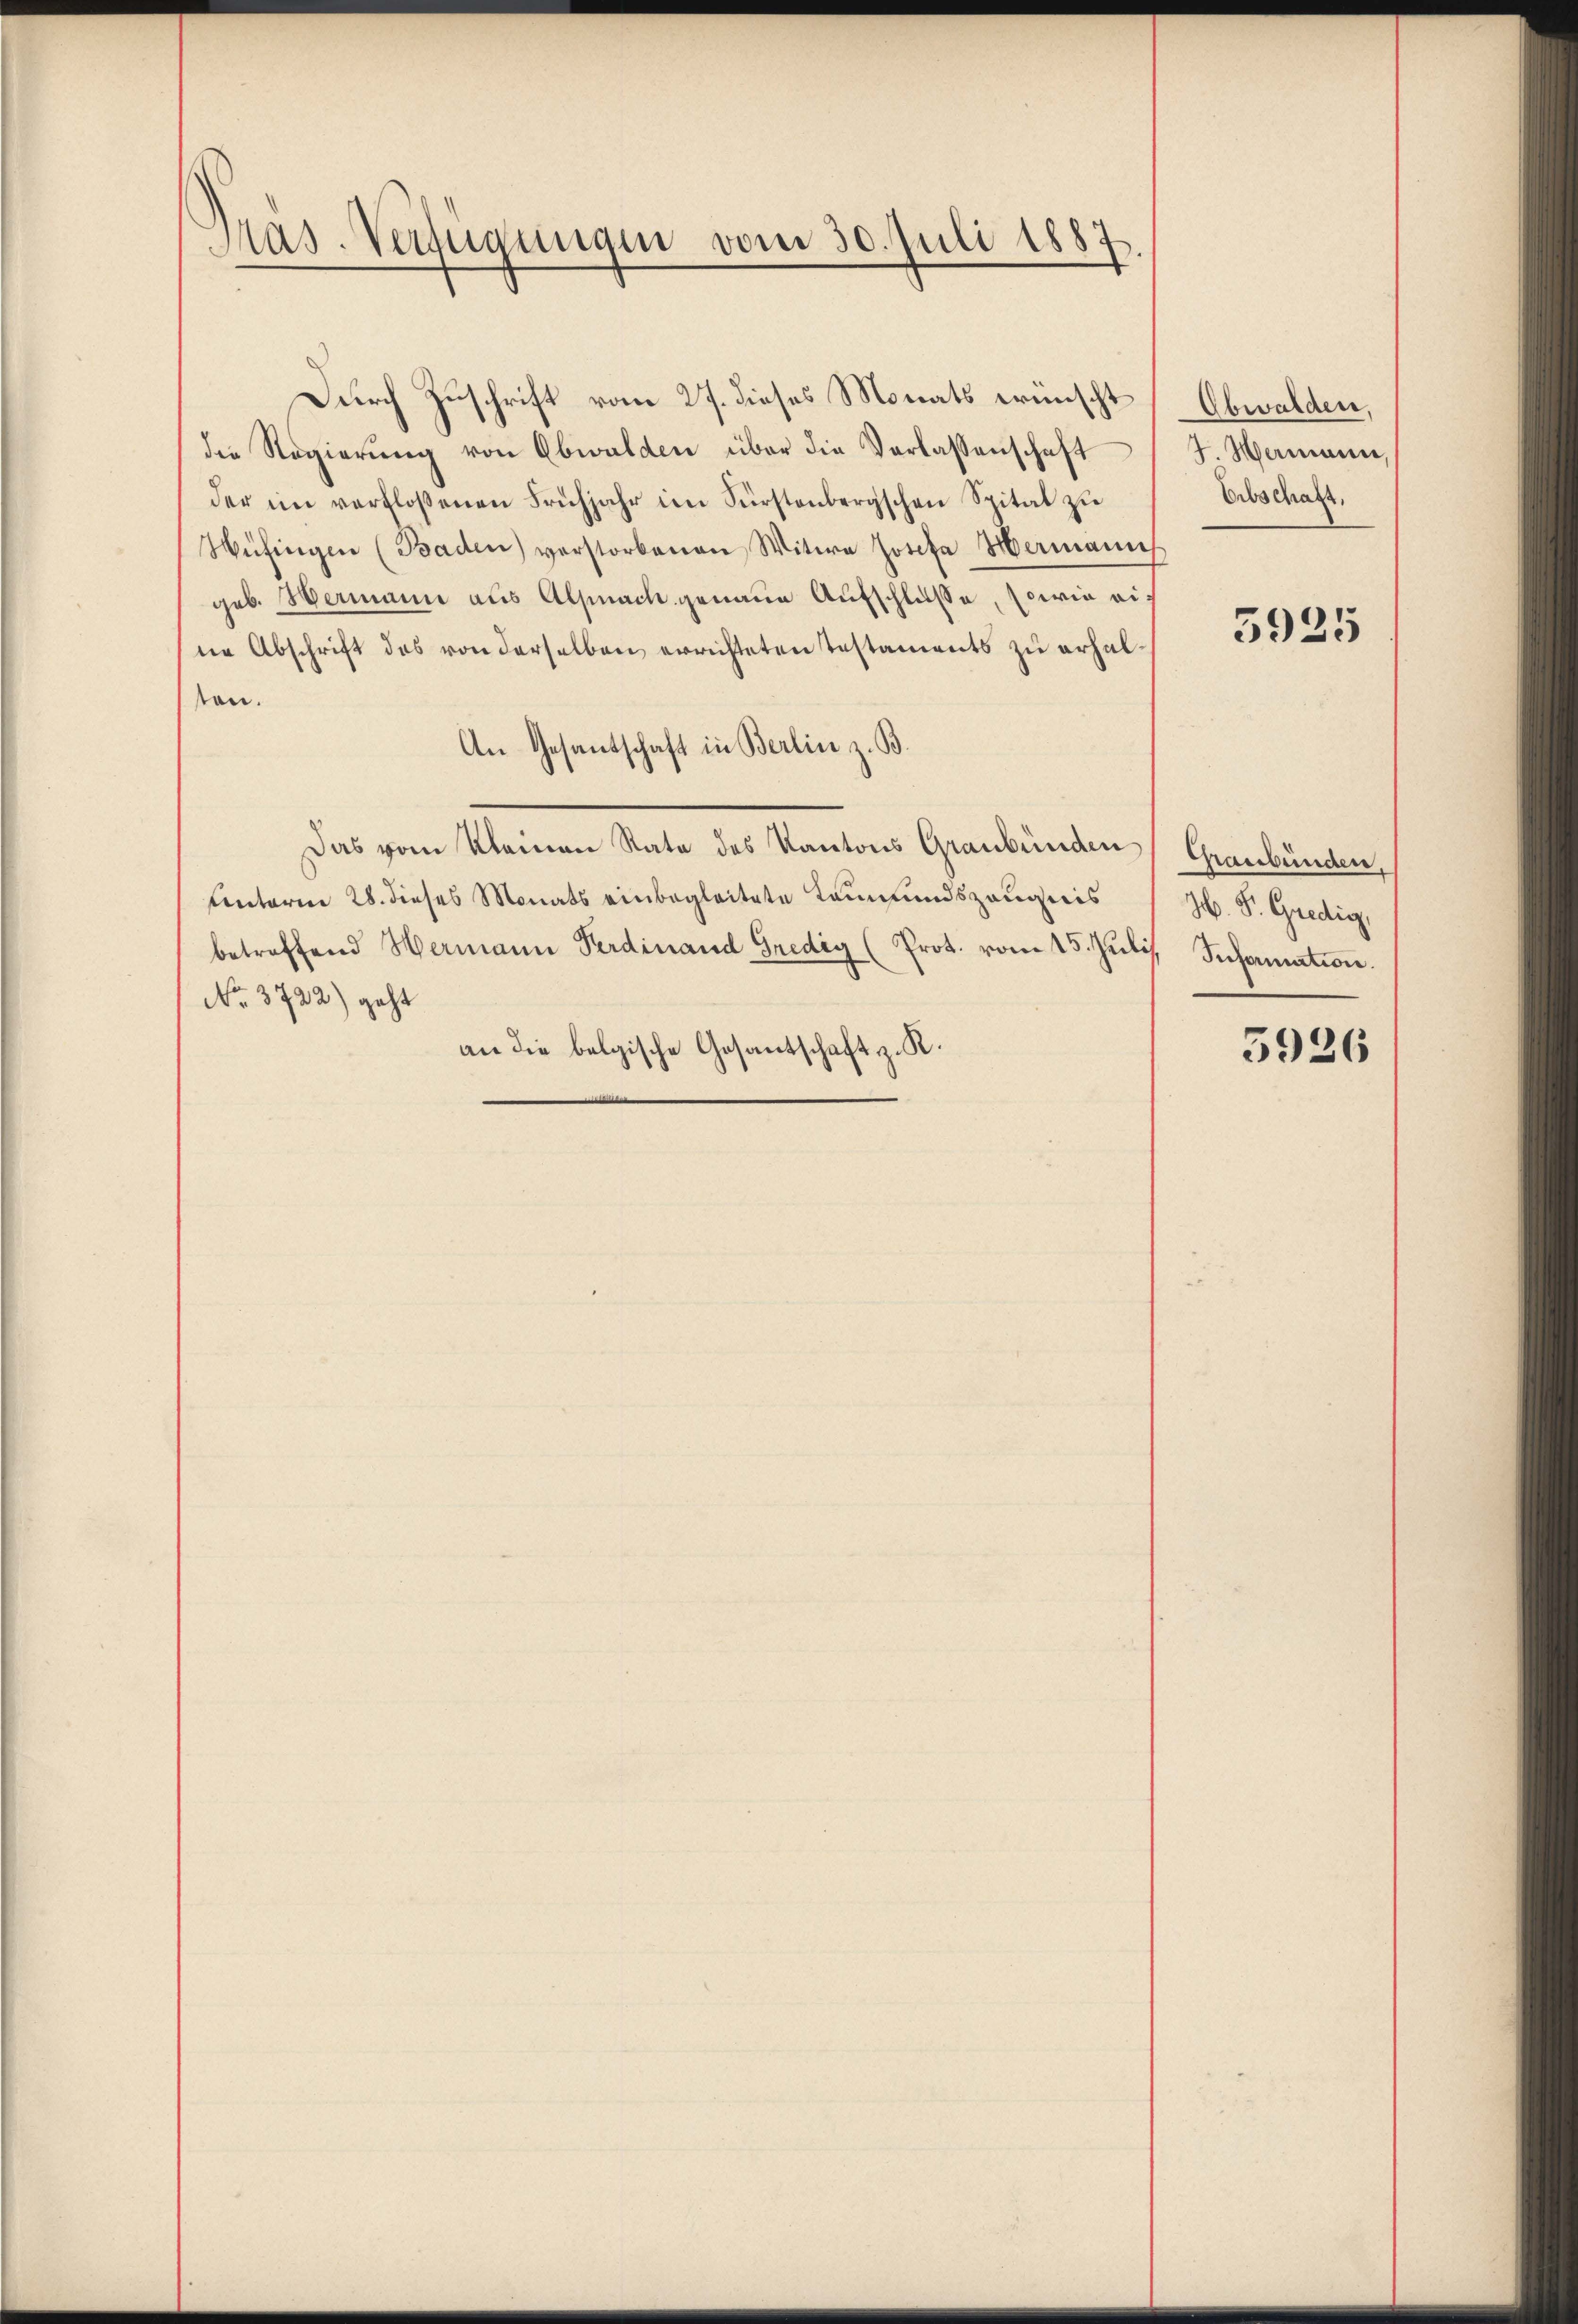
Mas. Verfügungen vom 30. Juli 1887.

Durch Zuschrift vom 27. dieses Monats wünscht
die Regierŭng von Obwalden über die Verlassenschaft
der im verfloßenen Frühjahr im Fürstenbergschen Spital zu
Wüfingen (Baden) verstorbenen Witwe Josefa Hermanns
geb. Hermann aus Allmach genaue Aufschlüsse, sowie eine Abschrift des von derselben errichteten Testaments zu erhalton.
An Gesantschaft in Berlin z. B.
Das vom Kleinen Rata des Kantons Graubünden
Centarii 28. dieses Monats einbegleitete Leumundszeugnis
betreffend Hermann Ferdinand Gredig (Prot. vom 15. Juli
No. 3722) geht
an die belgische Gesantschaft z. K.

Obwalden,
7. Hermassen,
Erbschaft,

5925

Graubünden.
H. Pr. Gredig,
Information.

5926